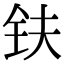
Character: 𫓧